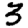
Digit: 3